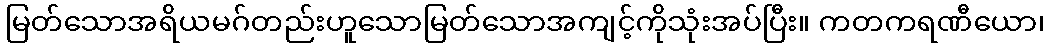
မြတ်သောအရိယမဂ်တည်းဟူသောမြတ်သောအကျင့်ကိုသုံးအပ်ပြီး။ ကတကရဏီယော၊